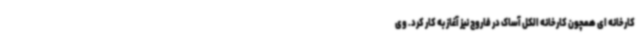
کارخانه ای همچون کارخانه الکل آساک در فاروج نیز آغاز به کار کرد. وی